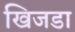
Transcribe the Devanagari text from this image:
खिजडा